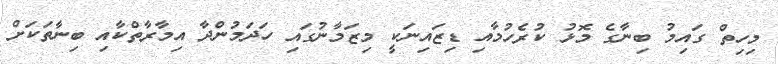
މިހިތް ގައިމު ބިނާގެ މޮޅު ކުރެހުމާއި ޑިޒައިނަކީ މިޒަމާނުގައި ހަދަމުންދާ އިމާރާތްކާއި ބިނާތަކަށް